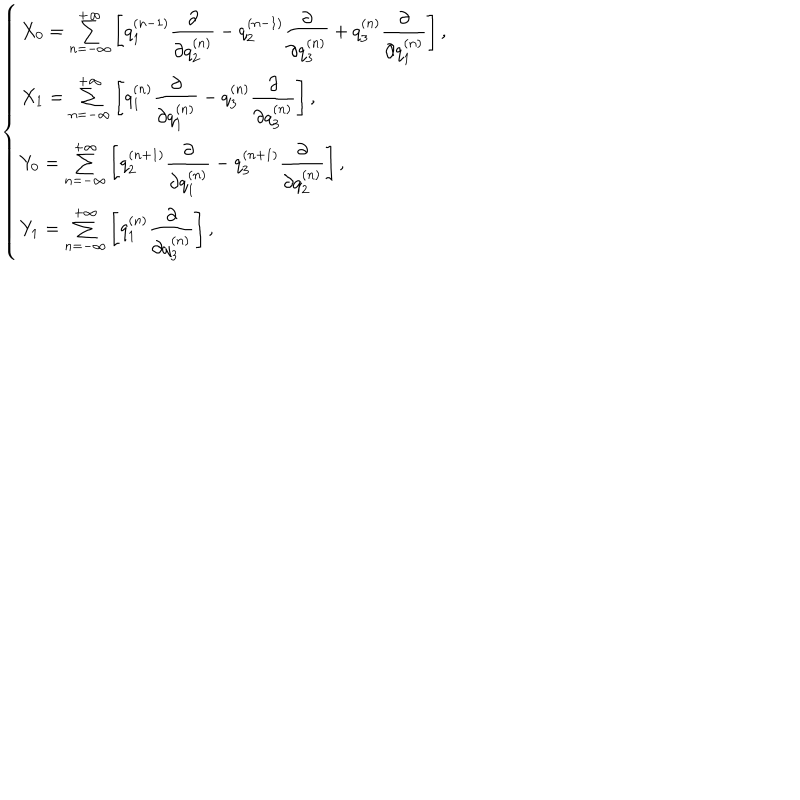
\left\{ \begin{array} { l } { { X _ { 0 } = \sum _ { n = - \infty } ^ { + \infty } \left[ q _ { 1 } ^ { ( n - 1 ) } { \displaystyle \frac { \partial } { \partial { q _ { 2 } ^ { ( n ) } } } } - q _ { 2 } ^ { ( n - 1 ) } { \displaystyle \frac { \partial } { \partial { q _ { 3 } ^ { ( n ) } } } } + q _ { 3 } ^ { ( n ) } { \displaystyle \frac { \partial } { \partial { q _ { 1 } ^ { ( n ) } } } } \right] , } } \\ { { X _ { 1 } = \sum _ { n = - \infty } ^ { + \infty } \left[ q _ { 1 } ^ { ( n ) } { \displaystyle \frac { \partial } { \partial { q _ { 1 } ^ { ( n ) } } } } - q _ { 3 } ^ { ( n ) } { \displaystyle \frac { \partial } { \partial { q _ { 3 } ^ { ( n ) } } } } \right] , } } \\ { { Y _ { 0 } = \sum _ { n = - \infty } ^ { + \infty } \left[ q _ { 2 } ^ { ( n + 1 ) } { \displaystyle \frac { \partial } { \partial { q _ { 1 } ^ { ( n ) } } } } - q _ { 3 } ^ { ( n + 1 ) } { \displaystyle \frac { \partial } { \partial { q _ { 2 } ^ { ( n ) } } } } \right] , } } \\ { { Y _ { 1 } = \sum _ { n = - \infty } ^ { + \infty } \left[ q _ { 1 } ^ { ( n ) } { \displaystyle \frac { \partial } { \partial { q _ { 3 } ^ { ( n ) } } } } \right] , } } \\ \end{array} \right.